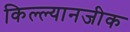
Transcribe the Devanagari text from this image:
किल्ल्यानजीक